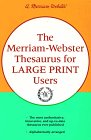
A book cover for The Merriam-Webster Thesaurus for Large Print Users; Merriam-Webster; Reference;